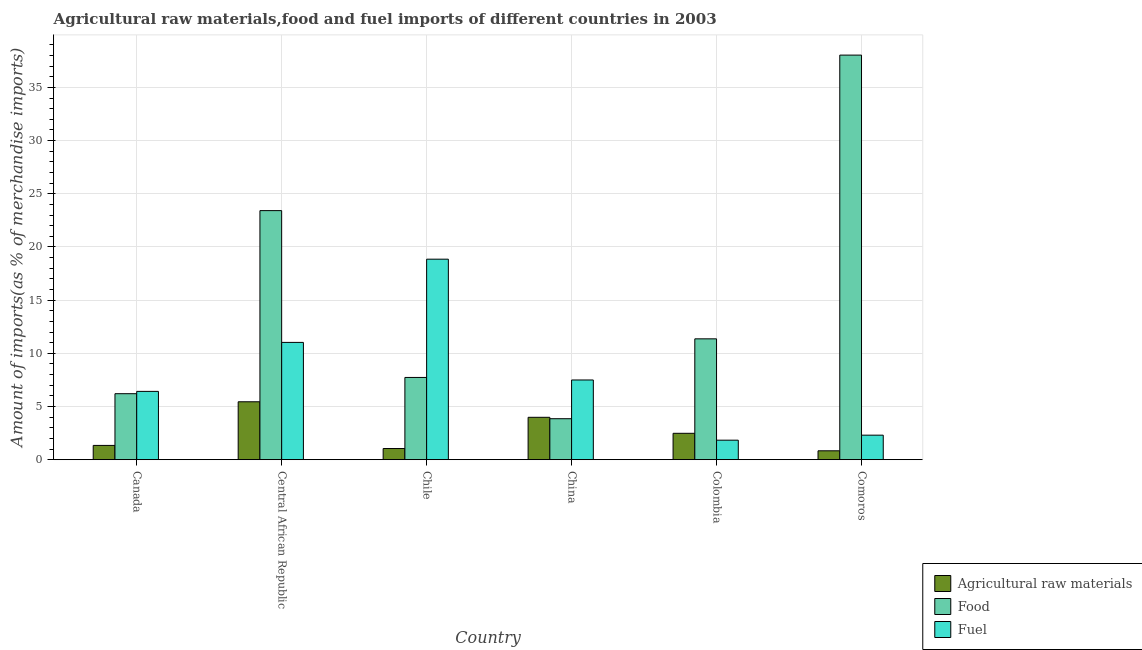
| Country | Agricultural raw materials | Food | Fuel |
 | --- | --- | --- | --- |
 | Canada | 1.34 | 6.21 | 6.42 |
 | Central African Republic | 5.45 | 23.4 | 11 |
 | Chile | 1.05 | 7.73 | 18.9 |
 | China | 3.99 | 3.85 | 7.5 |
 | Colombia | 2.48 | 11.4 | 1.83 |
 | Comoros | 0.836 | 38 | 2.31 |